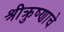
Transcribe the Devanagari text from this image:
श्रीक्रुष्णाचे